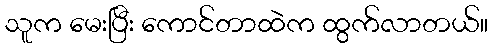
သူက မေးပြီး ကောင်တာထဲက ထွက်လာတယ်။